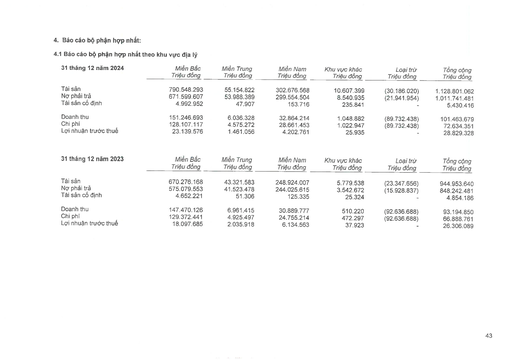
|31 tháng 12 năm 2024|Miền Bắc Triệu đồng|Miền Trung Triệu đồng|Miền Nam Triệu đồng|Khu vực khác Triệu đồng|Loại trừ Triệu đồng|Tổng cộng Triệu đồng| |---|---|---|---|---|---|---| |Tài sản|790.548.293|55.154.822|302.676.568|10.607.399|(30.186.020)|1.128.801.062| |Nợ phải trả|671.599.607|53.988.389|299.554.504|8.540.935|(21.941.954)|1.011.741.481| |Tài sản cố định|4.992.952|47.907|153.716|235.841|-|5.430.416| |Doanh thu|151.246.693|6.036.328|32.864.214|1.048.882|(89.732.438)|101.463.679| |Chi phí|128.107.117|4.575.272|28.661.453|1.022.947|(89.732.438)|72.634.351| |Lợi nhuận trước thuế|23.139.576|1.461.056|4.202.761|25.935||28.829.328| |31 tháng 12 năm 2023|Miền Bắc Triệu đồng|Miền Trung Triệu đồng|Miền Nam Triệu đồng|Khu vực khác Triệu đồng|Loại trừ Triệu đồng|Tổng cộng Triệu đồng| |---|---|---|---|---|---|---| |Tài sản|670.276.168|43.321.583|248.924.007|5.779.538|(23.347.656)|944.953.640| |Nợ phải trả|575.079.553|41.523.478|244.025.615|3.542.672|(15.928.837)|848.242.481| |Tài sản cố định|4.652.221|51.306|125.335|25.324||4.854.186| |Doanh thu|147.470.126|6.961.415|30.889.777|510.220|(92.636.688)|93.194.850| |Chi phí|129.372.441|4.925.497|24.755.214|472.297|(92.636.688)|66.888.761| |Lợi nhuận trước thuế|18.097.685|2.035.918|6.134.563|37.923||26.306.089| summarize: Báo cáo bộ phận hợp nhất phản ánh kết quả hoạt động kinh doanh theo khu vực địa lý, bao gồm Miền Bắc, Miền Trung và Miền Nam. Báo cáo cho thấy sự tăng trưởng về tài sản, doanh thu và lợi nhuận từ năm 2023 sang 2024. metadata: {'company': '', 'report_type': 'Báo cáo bộ phận', 'report_date': '31/12/2024', 'statement': 'Báo cáo tài chính hợp nhất', 'form_name': 'Báo cáo bộ phận theo khu vực', 'period': 'Năm 2024'}